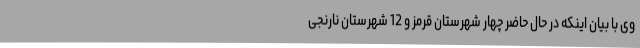
وی با بیان اینکه در حال حاضر چهار شهرستان قرمز و 12 شهرستان نارنجی